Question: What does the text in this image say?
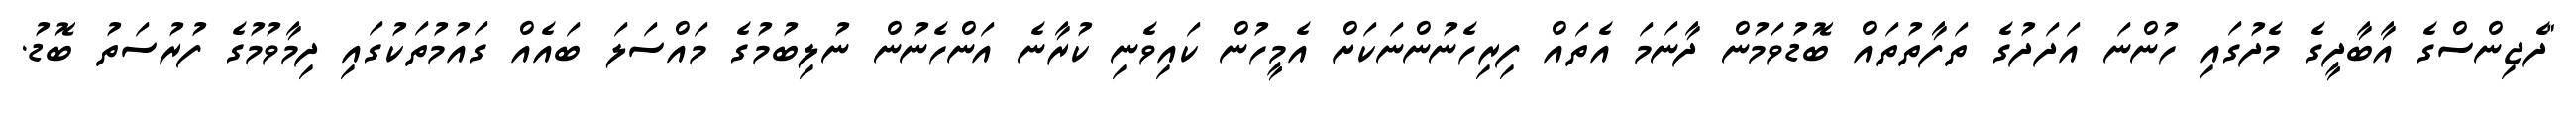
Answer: "ދެޖިންސްގެ އާބާދީގެ މެދުގައި ހުންނަ އަދަދުގެ ތަފާތުތައް ބޮޑުވަމުން ދާނަމަ އެތައް ފިރިހެނުންނަކަށް އެމީހުން ކައިވެނި ކުރާނެ އަންހެނުން ނުލިބުމުގެ މައްސަލަ ބައެއް ގައުމުތަކުގައި ދިމާވުމުގެ ފުރުސަތު ބޮޑު.